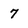
Character: 7